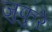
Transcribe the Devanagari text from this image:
जुफुरे